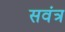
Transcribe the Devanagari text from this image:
सवंत्र